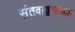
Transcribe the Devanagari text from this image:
संतवाङ्मयाबद्दल